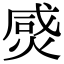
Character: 𤊸